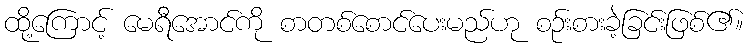
ထို့ကြောင့် မေရီအောင်ကို စာတစ်စောင်ပေးမည်ဟု စဉ်းစားခဲ့ခြင်းဖြစ်၏။